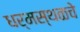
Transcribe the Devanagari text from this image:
धर्मस्थळचे